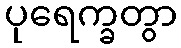
ပုရေက္ခတွာ